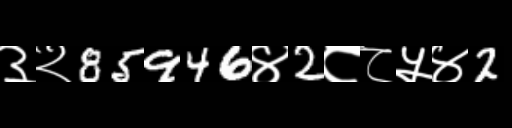
Text: ३२85946४2८८५४2